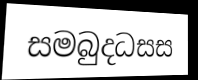
සමබුදධසස